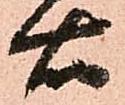
右